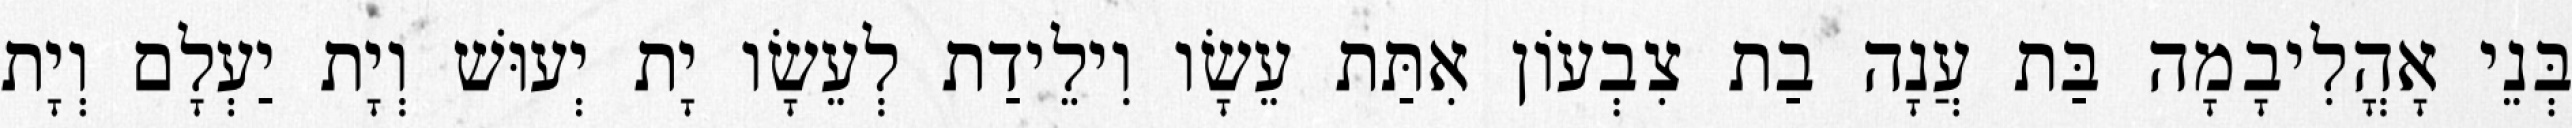
בְּנֵי אָהֳלִיבָמָה בַּת עֲנָה בַת צִבְעוֹן אִתַּת עֵשָׂו וִילֵידַת לְעֵשָׂו יָת יְעוּשׁ וְיָת יַעְלָם וְיָת